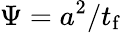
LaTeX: \Psi=a^{2}/t_{\mathrm{f}}